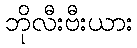
ဘိုလီးဗီးယား